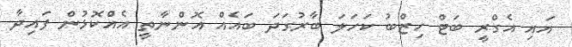
އައި އެގްރީ ބަޓް ހިޒްބު ކަހަލަ ބާރުގަދަ ބައެއް އޮންނާތީ އެއްކޮޅުން ފައިދާ